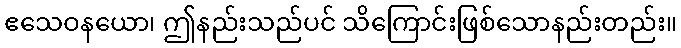
ဧသေဝနယော၊ ဤနည်းသည်ပင် သိကြောင်းဖြစ်သောနည်းတည်း။